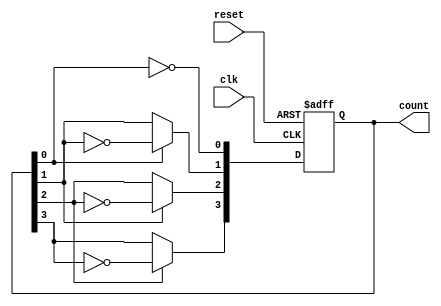
module ripple_counter (
    input wire clk,          // Clock input
    input wire reset,        // Asynchronous reset
    output reg [3:0] count   // 4-bit count output
);

// Flip-Flop behavior
always @(posedge clk or posedge reset) begin
    if (reset) begin
        count <= 4'b0000;   // Asynchronously reset the counter to 0
    end else begin
        // Ripple counter logic - toggle bits based on previous bits' state
        count[0] <= ~count[0]; // Toggle the LSB

        // Each subsequent flip-flop toggles on the falling edge of the previous one
        count[1] <= count[0] ? ~count[1] : count[1];
        count[2] <= count[1] ? ~count[2] : count[2];
        count[3] <= count[2] ? ~count[3] : count[3];
    end
end

endmodule